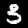
Digit: 3